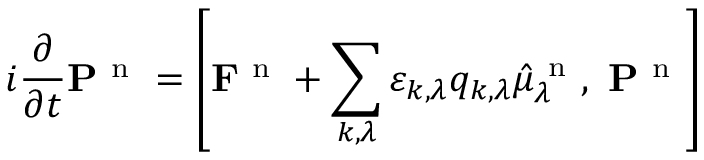
i \frac { \partial } { \partial t } \mathbf { P } ^ { \mathrm { ~ n ~ } } = \left[ \mathbf { F } ^ { \mathrm { ~ n ~ } } + \sum _ { k , \lambda } \varepsilon _ { k , \lambda } q _ { k , \lambda } \hat { \mu } _ { \lambda } ^ { \mathrm { ~ n ~ } } , \ \mathbf { P } ^ { \mathrm { ~ n ~ } } \right]